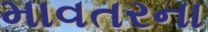
માવતરના